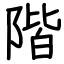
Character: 階